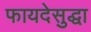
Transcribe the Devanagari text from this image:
फायदेसुद्धा